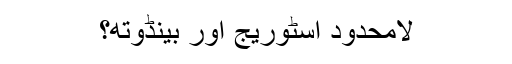
لامحدود اسٹوریج اور بینڈوتھ؟